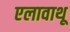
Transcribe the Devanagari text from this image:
एलावाथू